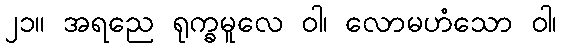
၂၁။ အရညေ ရုက္ခမူလေ ဝါ၊ လောမဟံသော ဝါ၊